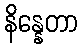
နိန္နေတာ